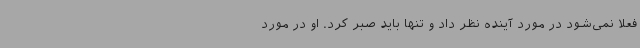
فعلا نمی‌شود در مورد آینده نظر داد و تنها باید صبر کرد. او در مورد